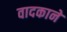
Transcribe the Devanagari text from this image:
वादकाने